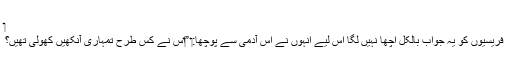
‏
فریسیوں کو یہ جواب بالکل اچھا نہیں لگا اِس لیے اُنہوں نے اُس آدمی سے پوچھا:‏ ”‏اُس نے کس طرح تمہاری آنکھیں کھولی تھیں؟